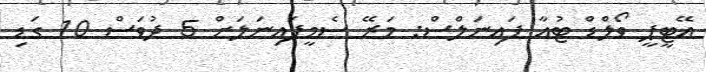
އޭޓީޕީ ވޯލްޑް ޓުއާ ފައިނަލްސް: މަރޭ ސެމީފައިނަލަށް 5 ދުވަސް 10 ގަޑި